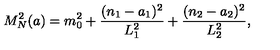
M _ { N } ^ { 2 } ( a ) = m _ { 0 } ^ { 2 } + \frac { ( n _ { 1 } - a _ { 1 } ) ^ { 2 } } { L _ { 1 } ^ { 2 } } + \frac { ( n _ { 2 } - a _ { 2 } ) ^ { 2 } } { L _ { 2 } ^ { 2 } } ,